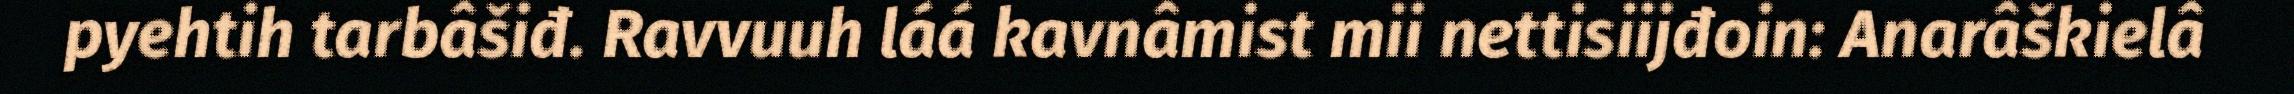
pyehtih tarbâšiđ. Ravvuuh láá kavnâmist mii nettisiijđoin: Anarâškielâ